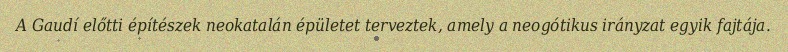
A Gaudí előtti építészek neokatalán épületet terveztek, amely a neogótikus irányzat egyik fajtája.